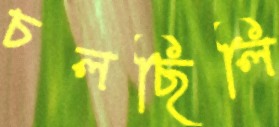
চলছিলি